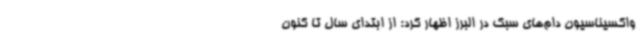
واکسیناسیون دام‌های سبک در البرز اظهار کرد: از ابتدای سال تا کنون